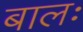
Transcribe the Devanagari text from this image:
बालः